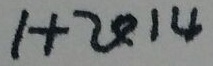
1 + 2 0 1 4